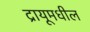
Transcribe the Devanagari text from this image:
द्रायूमधील